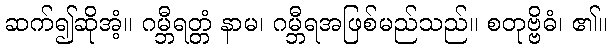
ဆက်၍ဆိုအံ့။ ဂမ္ဘီရတ္တံ နာမ၊ ဂမ္ဘီရအဖြစ်မည်သည်။ စတုဗ္ဗိဓံ၊ ၏။